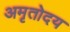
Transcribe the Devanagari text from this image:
अमृतोदय